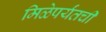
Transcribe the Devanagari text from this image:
मिळेपर्यंतची